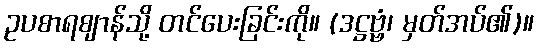
ဥပစာရဈာန်သို့ တင်ပေးခြင်းကို။ (ဒဋ္ဌဗ္ဗံ၊ မှတ်အပ်၏)။